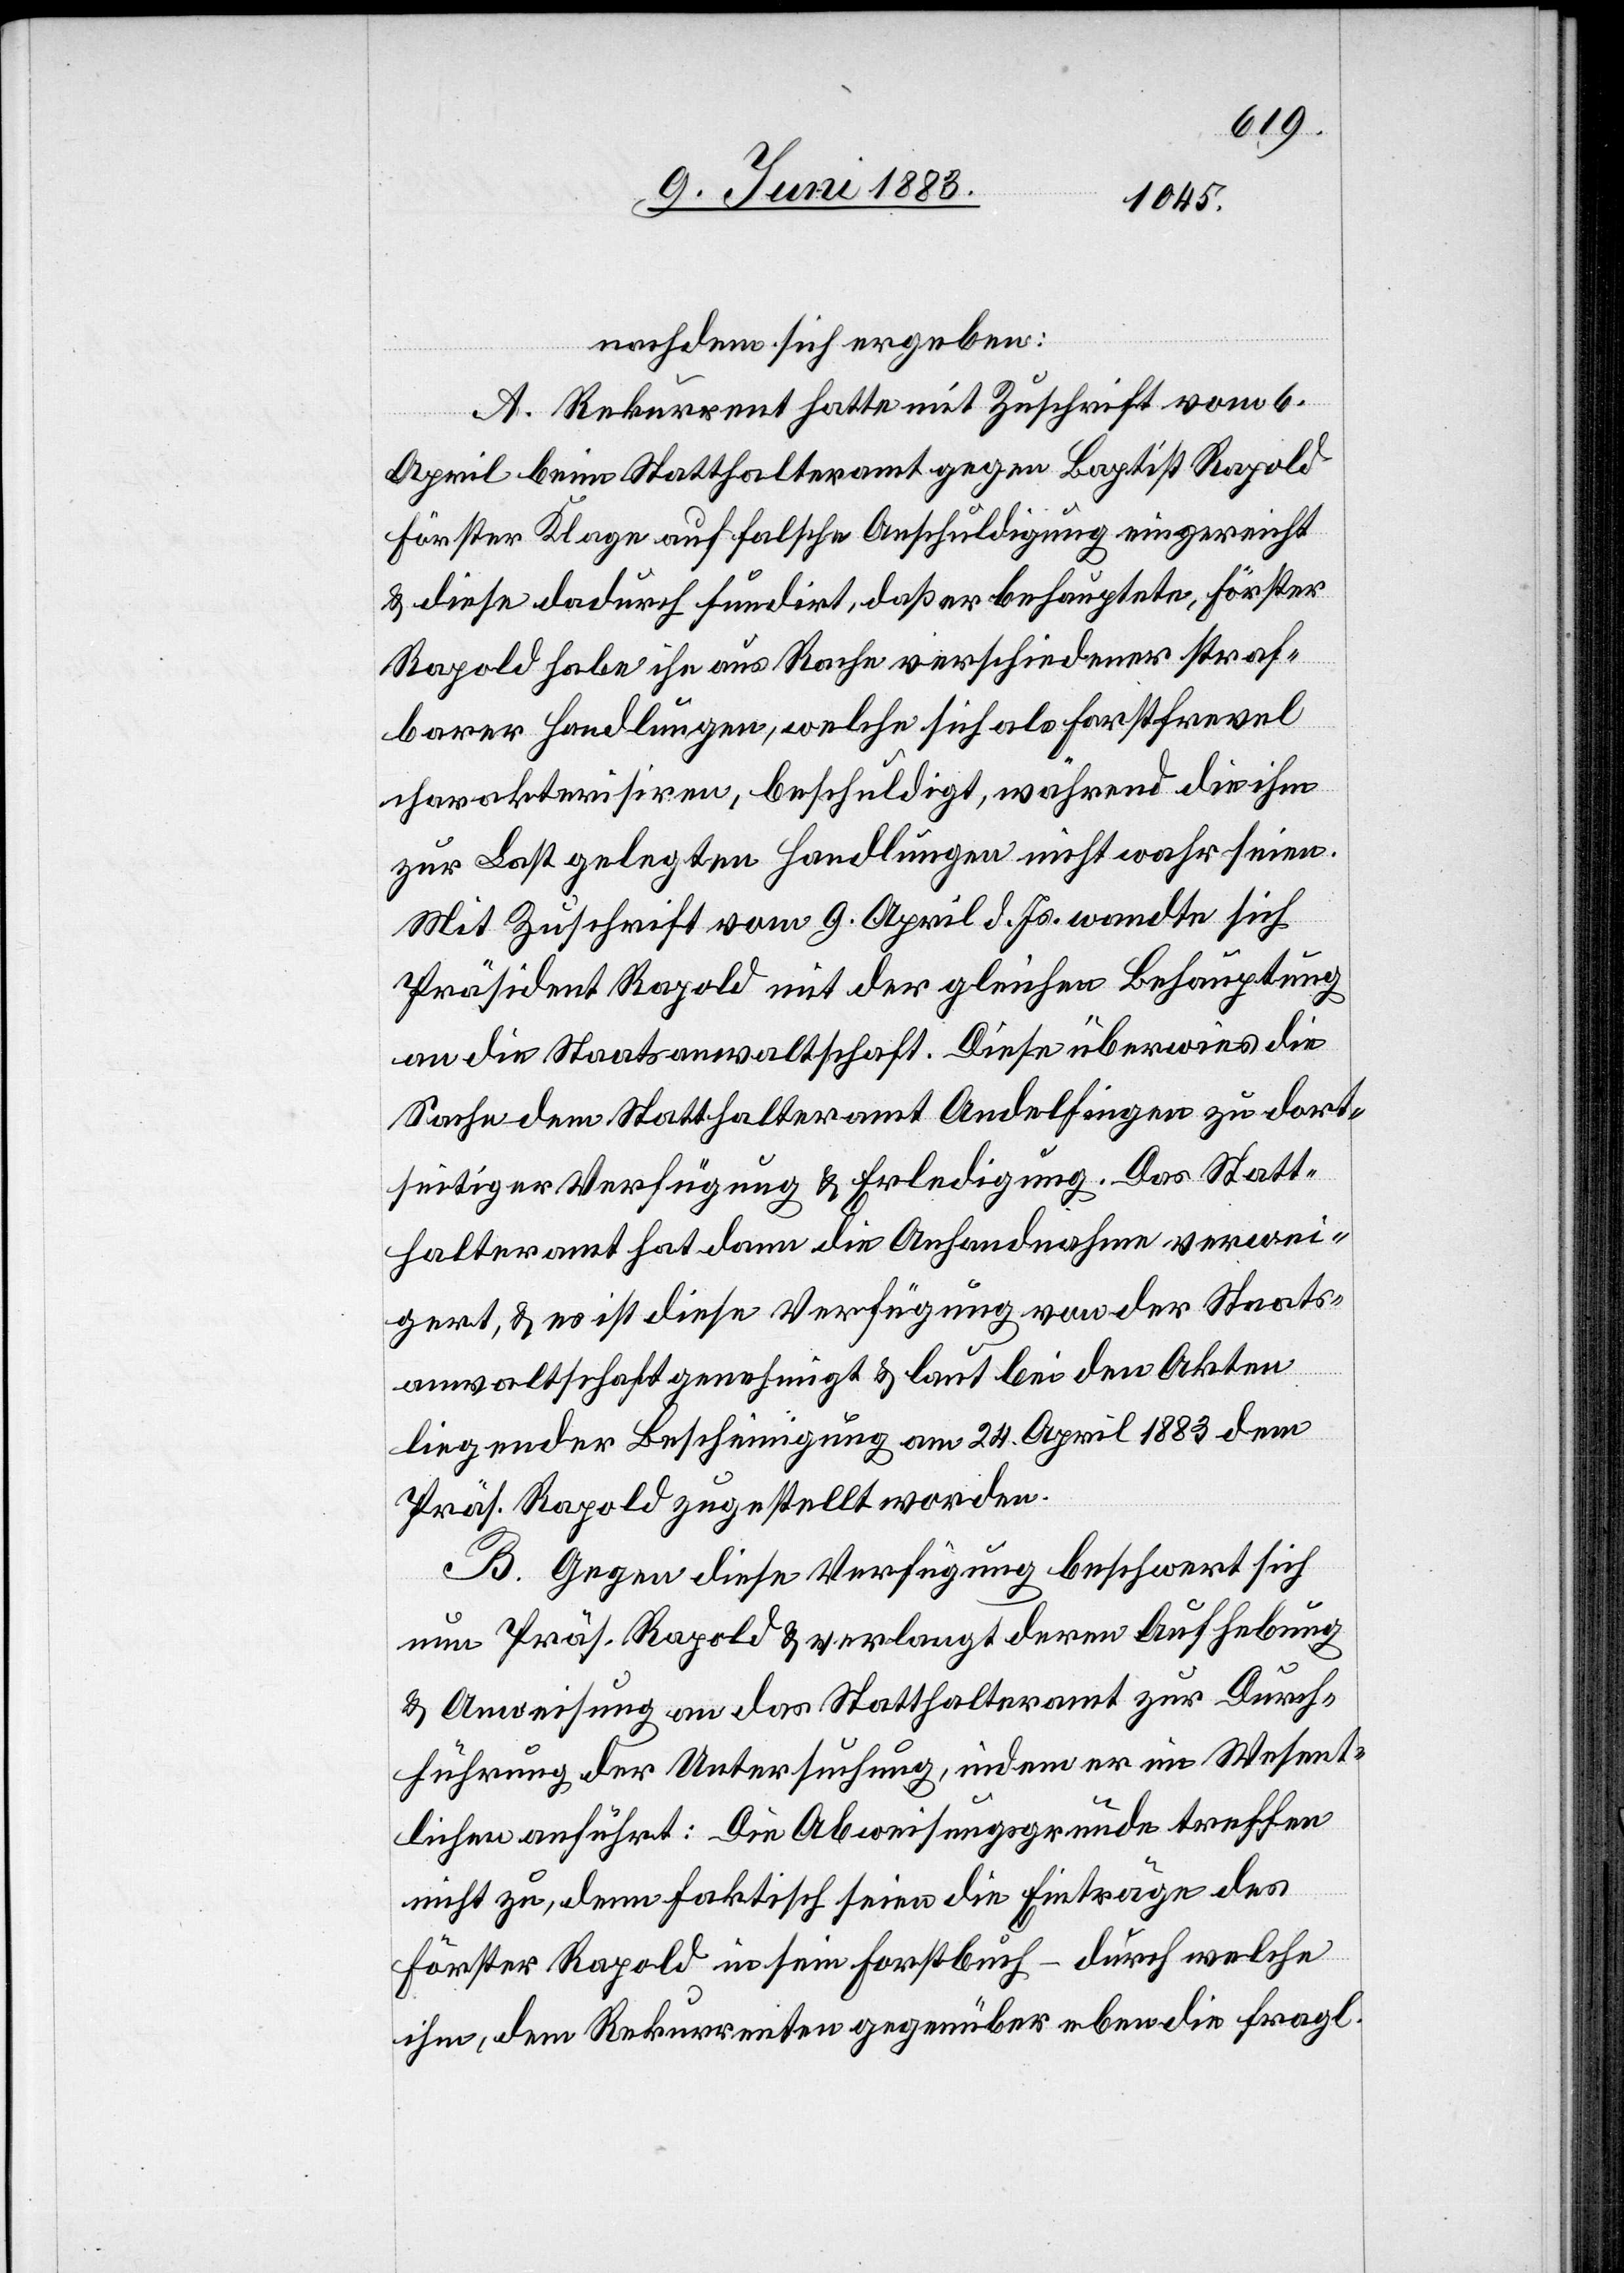
nachdem sich ergeben:
A. Rekurrent hatte mit Zuschrift vom 6.
April beim Statthalteramt gegen Baptist Rapold
Förster Klage auf falsche Anschuldigung eingereicht
& diese dadurch fundirt, daß er behauptete, Förster
Rapold habe ihn aus Rache verschiedener straf¬
barer Handlungen, welche sich als Forstfrevel
charakterisiren, beschuldigt, während die ihm
zur Last gelegten Handlungen nicht wahr seien.
Mit Zuschrift vom 9. April d. Js. wandte sich
Präsident Rapold mit der gleichen Behauptung
an die Staatsanwaltschaft. Diese überwies die
Sache dem Statthalteramt Andelfingen zu dort¬
seitiger Verfügung & Erledigung. Das Statt¬
halteramt hat dann die Anhandnahme verwei¬
gert, & es ist diese Verfügung von der Staats¬
anwaltschaft genehmigt & laut bei den Akten
liegender Bescheinigung am 24. April 1883 dem
Präs. Rapold zugestellt worden.
B. Gegen diese Verfügung beschwert sich
nun Präs. Rapold & verlangt deren Aufhebung
& Anweisung an das Statthalteramt zur Durch¬
führung der Untersuchung, indem er im Wesent¬
lichen anführt: Die Abweisungsgründe treffen
nicht zu, denn faktisch seien die Einträge des
Förster Rapold in sein Forstbuch – durch welche
ihm, dem Rekurrenten gegenüber eben die fragl.